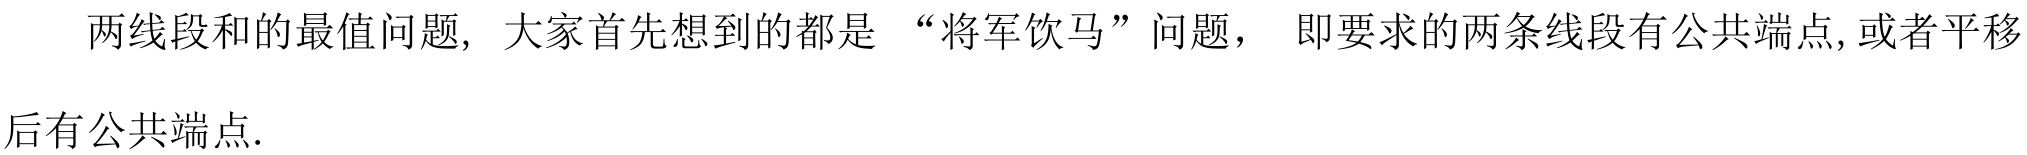
两线段和的最值问题, 大家首先想到的都是 “将军饮马”问题， 即要求的两条线段有公共端点,或者平移后有公共端点.